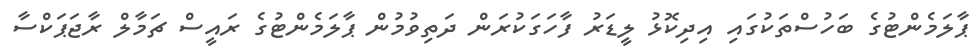
ޕާލަމެންޓުގެ ބަހުސްތަކުގައި އިދިކޮޅު ލީޑަރު ފާހަގަކުރަން ދަތިވުމުން ޕާލަމެންޓުގެ ރައީސް ޗަމާލް ރާޖަޕަކްސާ